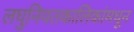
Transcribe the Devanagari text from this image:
लघुनियतकालिकांमधून